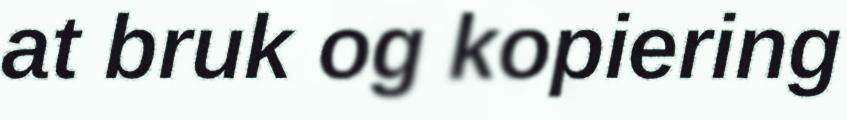
at bruk og kopiering